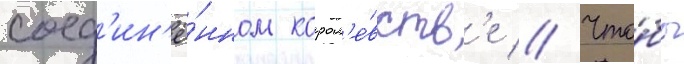
соед'ин'ё́нном корол'е́вств'е // Что́бы